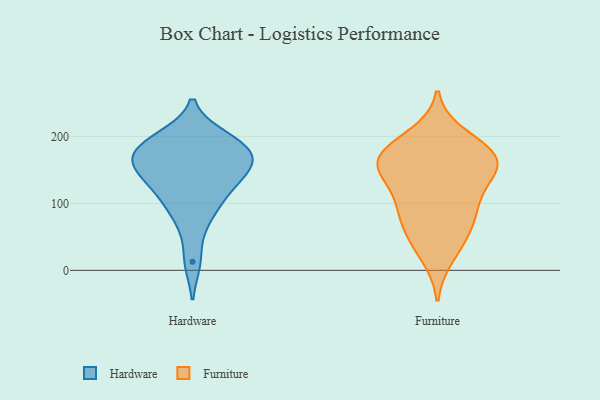
{"axis": {"x": "Net Income (USD K)", "y": "Value"}, "legend": ["Furniture", "Hardware"], "data": [{"x": "", "y": 94, "type": "Hardware"}, {"x": "", "y": 174, "type": "Hardware"}, {"x": "", "y": 13, "type": "Hardware"}, {"x": "", "y": 163, "type": "Hardware"}, {"x": "", "y": 157, "type": "Hardware"}, {"x": "", "y": 145, "type": "Hardware"}, {"x": "", "y": 139, "type": "Hardware"}, {"x": "", "y": 123, "type": "Hardware"}, {"x": "", "y": 70, "type": "Hardware"}, {"x": "", "y": 193, "type": "Hardware"}, {"x": "", "y": 199, "type": "Hardware"}, {"x": "", "y": 194, "type": "Hardware"}, {"x": "", "y": 164, "type": "Hardware"}, {"x": "", "y": 176, "type": "Hardware"}, {"x": "", "y": 111, "type": "Hardware"}, {"x": "", "y": 200, "type": "Furniture"}, {"x": "", "y": 92, "type": "Furniture"}, {"x": "", "y": 169, "type": "Furniture"}, {"x": "", "y": 185, "type": "Furniture"}, {"x": "", "y": 130, "type": "Furniture"}, {"x": "", "y": 165, "type": "Furniture"}, {"x": "", "y": 95, "type": "Furniture"}, {"x": "", "y": 22, "type": "Furniture"}, {"x": "", "y": 166, "type": "Furniture"}, {"x": "", "y": 50, "type": "Furniture"}, {"x": "", "y": 154, "type": "Furniture"}, {"x": "", "y": 57, "type": "Furniture"}, {"x": "", "y": 163, "type": "Furniture"}, {"x": "", "y": 91, "type": "Furniture"}, {"x": "", "y": 147, "type": "Furniture"}]}